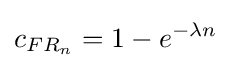
c_{FR_{n}}=1-e^{-\lambda n}